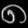
Digit: ၈